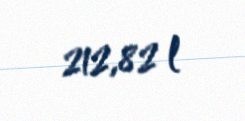
212,82 l